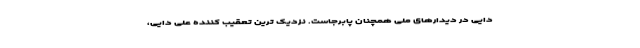
دایی در دیدارهای ملی همچنان پابرجاست. نزدیک ترین تعقیب کننده علی دایی،